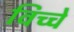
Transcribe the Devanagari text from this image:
विच्चे